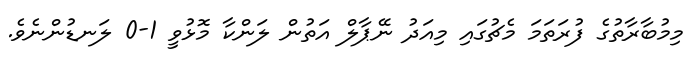
މިމުބާރާތުގެ ފުރަތަމަ މެޗުގައި މިއަދު ނޭޕާލް އަތުން ލަންކާ މޮޅުވީ 1-0 ލަނޑުންނެވެ.